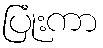
ပြုံးကာ